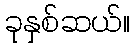
ခုနှစ်ဆယ်။